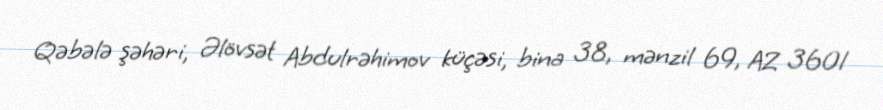
Qəbələ şəhəri, Əlövsət Abdulrəhimov küçəsi, bina 38, mənzil 69, AZ 3601